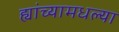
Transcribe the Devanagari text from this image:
ह्यांच्यामधल्या